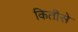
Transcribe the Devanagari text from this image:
कितीसे